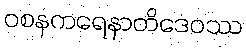
ဝစနကရေနာတိဒေဝဿ